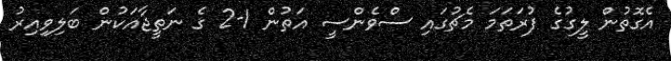
އެގޮތުން ލީގުގެ ފުރަތަމަ މެޗުގައި ސްވެންސީ އަތުން 1-2 ގެ ނަތީޖާއަކުން ބަލިވިއިރު